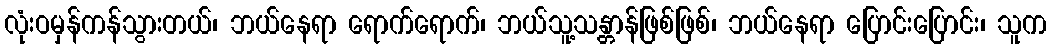
လုံးဝမှန်ကန်သွားတယ်၊ ဘယ်နေရာ ရောက်ရောက်၊ ဘယ်သူ့သန္တာန်ဖြစ်ဖြစ်၊ ဘယ်နေရာ ပြောင်းပြောင်း၊ သူက